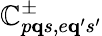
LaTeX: \mathbb{C}_{p{\mathbf{q}}s,e{\mathbf{q}}^{\prime}s^{\prime}}^{\pm}